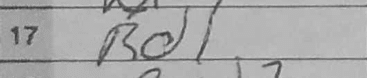
Transcription: Rd1